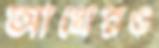
আখেরও